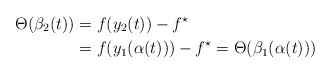
\begin{align*} \Theta( \beta_2(t) ) &= f(y_2(t)) - f^\star \\ &= f(y_1(\alpha(t))) - f^\star = \Theta( \beta_1(\alpha(t)) ) \end{align*}